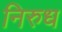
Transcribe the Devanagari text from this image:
निरुध